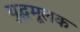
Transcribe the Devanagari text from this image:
युद्धमूलक